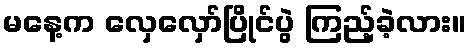
မနေ့က လှေလှော်ပြိုင်ပွဲ ကြည့်ခဲ့လား။